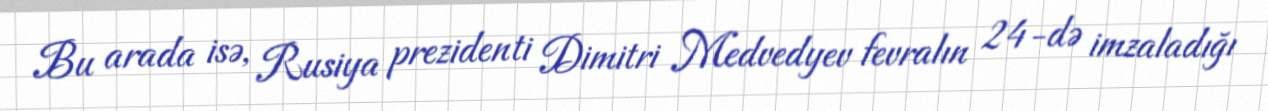
Bu arada isə, Rusiya prezidenti Dimitri Medvedyev fevralın 24-də imzaladığı